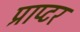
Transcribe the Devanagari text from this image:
प्राप्टर